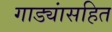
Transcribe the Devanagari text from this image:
गाड्यांसहित